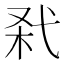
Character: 𢎊